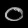
Digit: ၀